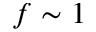
f \sim 1